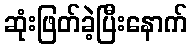
ဆုံးဖြတ်ခဲ့ပြီးနောက်